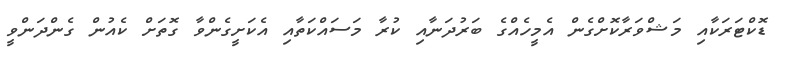
ޑޮކްޓަރަކާއި މަޝްވަރާކޮށްގެން އެމީހެއްގެ ބަރުދަނާއި ކުރާ މަސައްކަތާއި އެކަށީގެންވާ ގޮތަށް ކެއުން ގެންދަންވީ